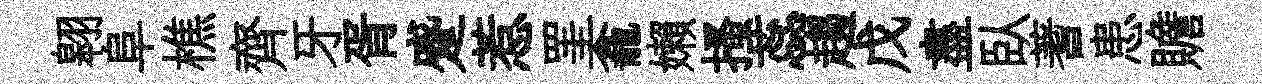
翱阜樵齊牙胥蹙惹罣龕嬾搔蕊趨戊盡臥蓍患贍